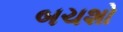
બચશો